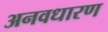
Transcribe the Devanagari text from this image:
अनवधारण